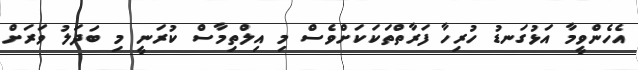
އެހެންވީމާ އަޅުގަނޑު ހުރިހާ ފަރާތްތަކަކަށްވެސް މި އިލްތިމާސް ކުރަނީ މި ބަދަލު ވަރަށް